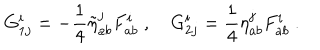
G _ { 1 j } ^ { i } = - \frac { 1 } { 4 } \tilde { \eta } _ { a b } ^ { j } F _ { a b } ^ { i } \ , \quad G _ { 2 j } ^ { i } = \frac { 1 } { 4 } \eta _ { a b } ^ { j } F _ { a b } ^ { i } \ .